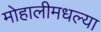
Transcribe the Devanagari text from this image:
मोहालीमधल्या